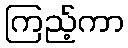
ကြည့်ကာ